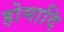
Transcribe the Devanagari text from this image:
होमादि